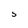
Character: 5